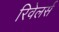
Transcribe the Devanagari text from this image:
रिवेलर्स